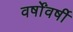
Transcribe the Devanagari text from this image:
वर्षोंवर्षीं